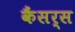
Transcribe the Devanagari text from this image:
कैंसर्स